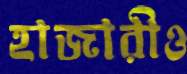
হাজারীও